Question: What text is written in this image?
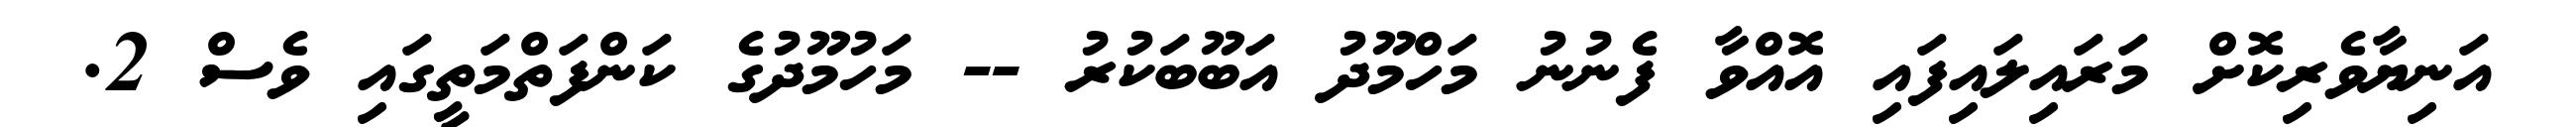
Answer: އަނިޔާވެރިކޮށް މަރައިލައިފައި އޮއްވާ ފެނުނު މަހްމޫދު އަބޫބަކުރު -- މަހުމޫދުގެ ކަންފަތްމަތީގައި ވެސް 2.